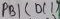
Text: PB1